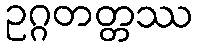
ဥဂ္ဂတတ္တဿ